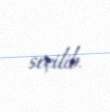
seçilib.